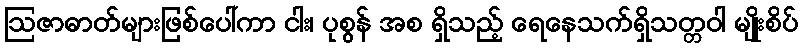
ဩဇာဓာတ်များဖြစ်ပေါ်ကာ ငါး၊ ပုစွန် အစ ရှိသည့် ရေနေသက်ရှိသတ္တဝါ မျိုးစိပ်